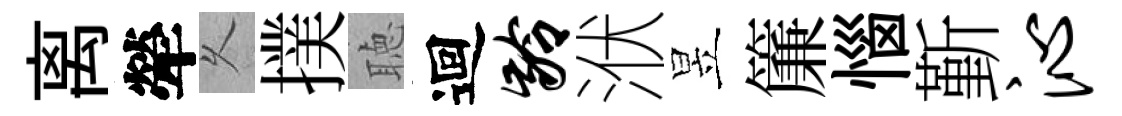
离犖乆撲聴迴龄洑昱簾惱斳沁